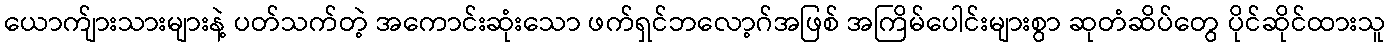
ယောက်ျားသားများနဲ့ ပတ်သက်တဲ့ အကောင်းဆုံးသော ဖက်ရှင်ဘလော့ဂ်အဖြစ် အကြိမ်ပေါင်းများစွာ ဆုတံဆိပ်တွေ ပိုင်ဆိုင်ထားသူ